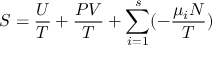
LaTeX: S = { \frac { U } { T } } + { \frac { P V } { T } } + \sum _ { i = 1 } ^ { s } ( - { \frac { \mu _ { i } N } { T } } )